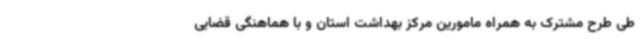
طی طرح مشترک به همراه مامورین مرکز بهداشت استان و با هماهنگی قضایی